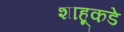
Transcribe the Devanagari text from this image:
शाहूकडे